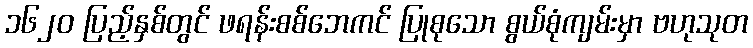
၁၆၂၀ ပြည့်နှစ်တွင် ဖရန်းစစ်ဘေကင် ပြုစုသော စွယ်စုံကျမ်းမှာ ဗဟုသုတ